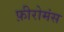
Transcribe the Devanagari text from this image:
फ़ीरोमंस